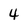
Character: 4